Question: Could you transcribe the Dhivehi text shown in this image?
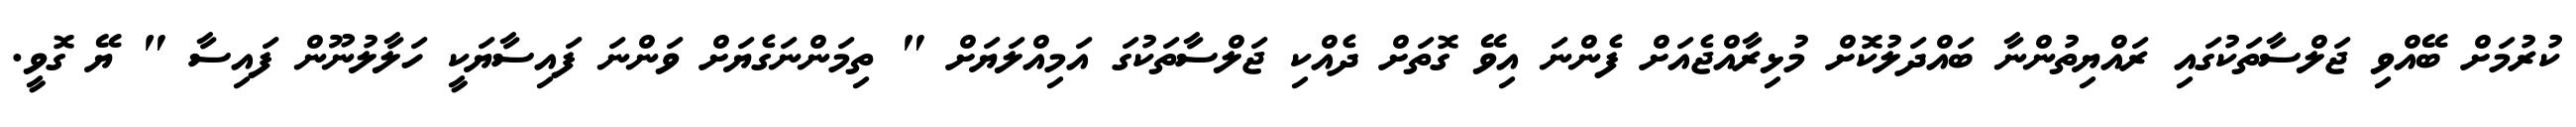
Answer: ކުރުމަށް ބޭއްވި ޖަލްސާތަކުގައި ރައްޔިތުންނާ ބައްދަލުކޮށް މުޅިރާއްޖެއަށް ފެންނަ އިވޭ ގޮތަށް ދެއްކި ޖަލްސާތަކުގަ އަމިއްލަޔަށް " ތިމަންނަގެޔަށް ވަންނަ ފައިސާޔަކީ ހަލާލުނޫން ފައިސާ " ޔޭ ގޮވީ.